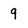
Character: 9